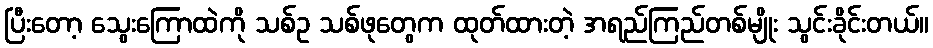
ပြီးတော့ သွေးကြောထဲကို သစ်ဥ သစ်ဖုတွေက ထုတ်ထားတဲ့ အရည်ကြည်တစ်မျိုး သွင်းခိုင်းတယ်။